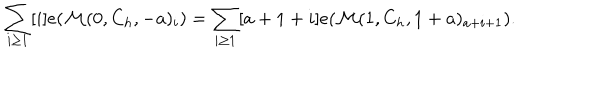
\sum _ { i \geq 1 } [ i ] e ( \mathcal { M } ( 0 , C _ { h } , - a ) _ { i } ) = \sum _ { i \geq 1 } [ a + 1 + i ] e ( \mathcal { M } ( 1 , C _ { h } , 1 + a ) _ { a + i + 1 } ) .